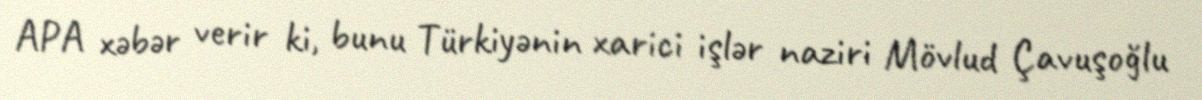
APA xəbər verir ki, bunu Türkiyənin xarici işlər naziri Mövlud Çavuşoğlu